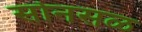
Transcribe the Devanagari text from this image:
सोनसळ